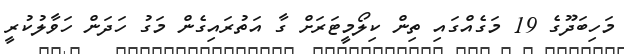
މަހިބަދޫގެ 19 މަގެއްގައި ތިން ކިލޯމީޓަރަށް ގާ އަތުރައިގެން މަގު ހަދަން ހަވާލުކުރީ